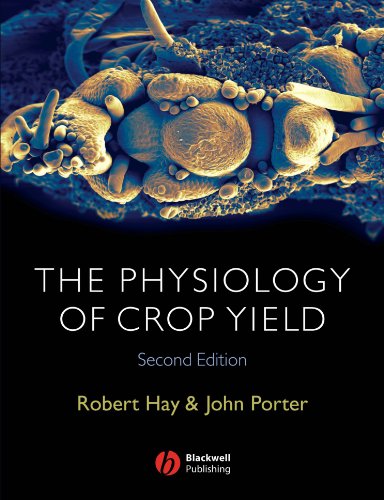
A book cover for The Physiology of Crop Yield; Robert K. M. Hay; Science & Math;